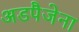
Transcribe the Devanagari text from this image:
अडपैजेना